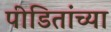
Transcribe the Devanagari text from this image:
पीडितांच्या